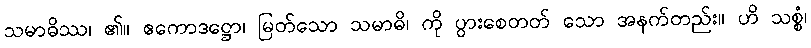
သမာဓိဿ၊ ၏။ ဧကောဒဋ္ဌော၊ မြတ်သော သမာဓိ၊ ကို ပွားစေတတ် သော အနက်တည်း။ ဟိ သစ္စံ၊